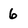
Character: 6